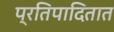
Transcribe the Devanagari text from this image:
प्रतिपादितात